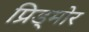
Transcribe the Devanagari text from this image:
प्रिड्मोर